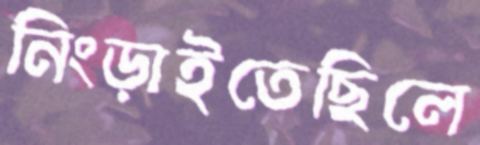
নিংড়াইতেছিলে